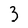
Character: 3